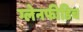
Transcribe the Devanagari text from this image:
ग्लेनफीडिच